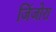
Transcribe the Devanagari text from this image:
जिंजोरा